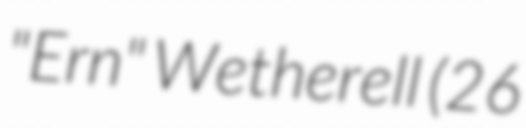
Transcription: "Ern" Wetherell (26